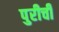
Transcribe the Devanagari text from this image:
पुरीची